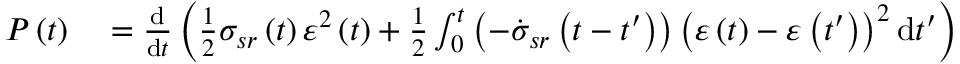
\begin{array} { r l } { P \left( t \right) } & { { } = \frac { \mathrm { d } } { \mathrm { d } t } \left( \frac { 1 } { 2 } \sigma _ { s r } \left( t \right) \varepsilon ^ { 2 } \left( t \right) + \frac { 1 } { 2 } \int _ { 0 } ^ { t } \left( - \dot { \sigma } _ { s r } \left( t - t ^ { \prime } \right) \right) \left( \varepsilon \left( t \right) - \varepsilon \left( t ^ { \prime } \right) \right) ^ { 2 } \mathrm { d } t ^ { \prime } \right) } \end{array}